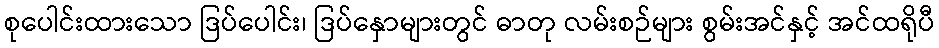
စုပေါင်းထားသော ဒြပ်ပေါင်း၊ ဒြပ်နှောများတွင် ဓာတု လမ်းစဉ်များ စွမ်းအင်နှင့် အင်ထရိုပီ